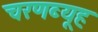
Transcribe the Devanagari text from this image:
चरणब्यूह